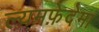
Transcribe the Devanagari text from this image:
ल्यमफ़ेदेमा